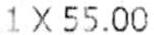
1X55.00